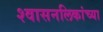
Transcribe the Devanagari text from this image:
श्‍वासनलिकांच्या